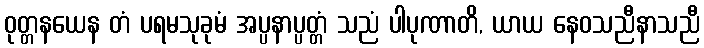
ဝုတ္တနယေန တံ ပရမသုခုမံ အပ္ပနာပ္ပတ္တံ သညံ ပါပုဏာတိ, ယာယ နေဝသညီနာသညီ